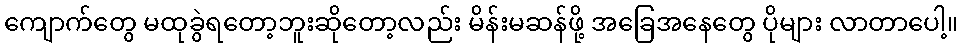
ကျောက်တွေ မထုခွဲရတော့ဘူးဆိုတော့လည်း မိန်းမဆန်ဖို့ အခြေအနေတွေ ပိုများ လာတာပေါ့။